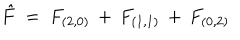
{ \hat { F } } ~ = ~ F _ { ( 2 , 0 ) } \, + \, F _ { ( 1 , 1 ) } \, + \, F _ { ( 0 , 2 ) }